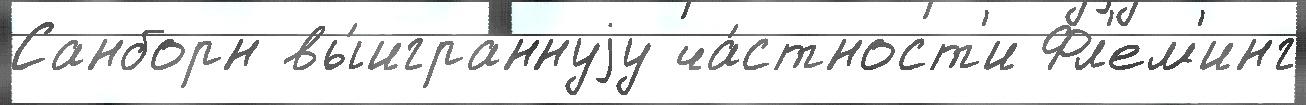
Санборн вы́играннуjу ча́стност'и Фл'ем'инг